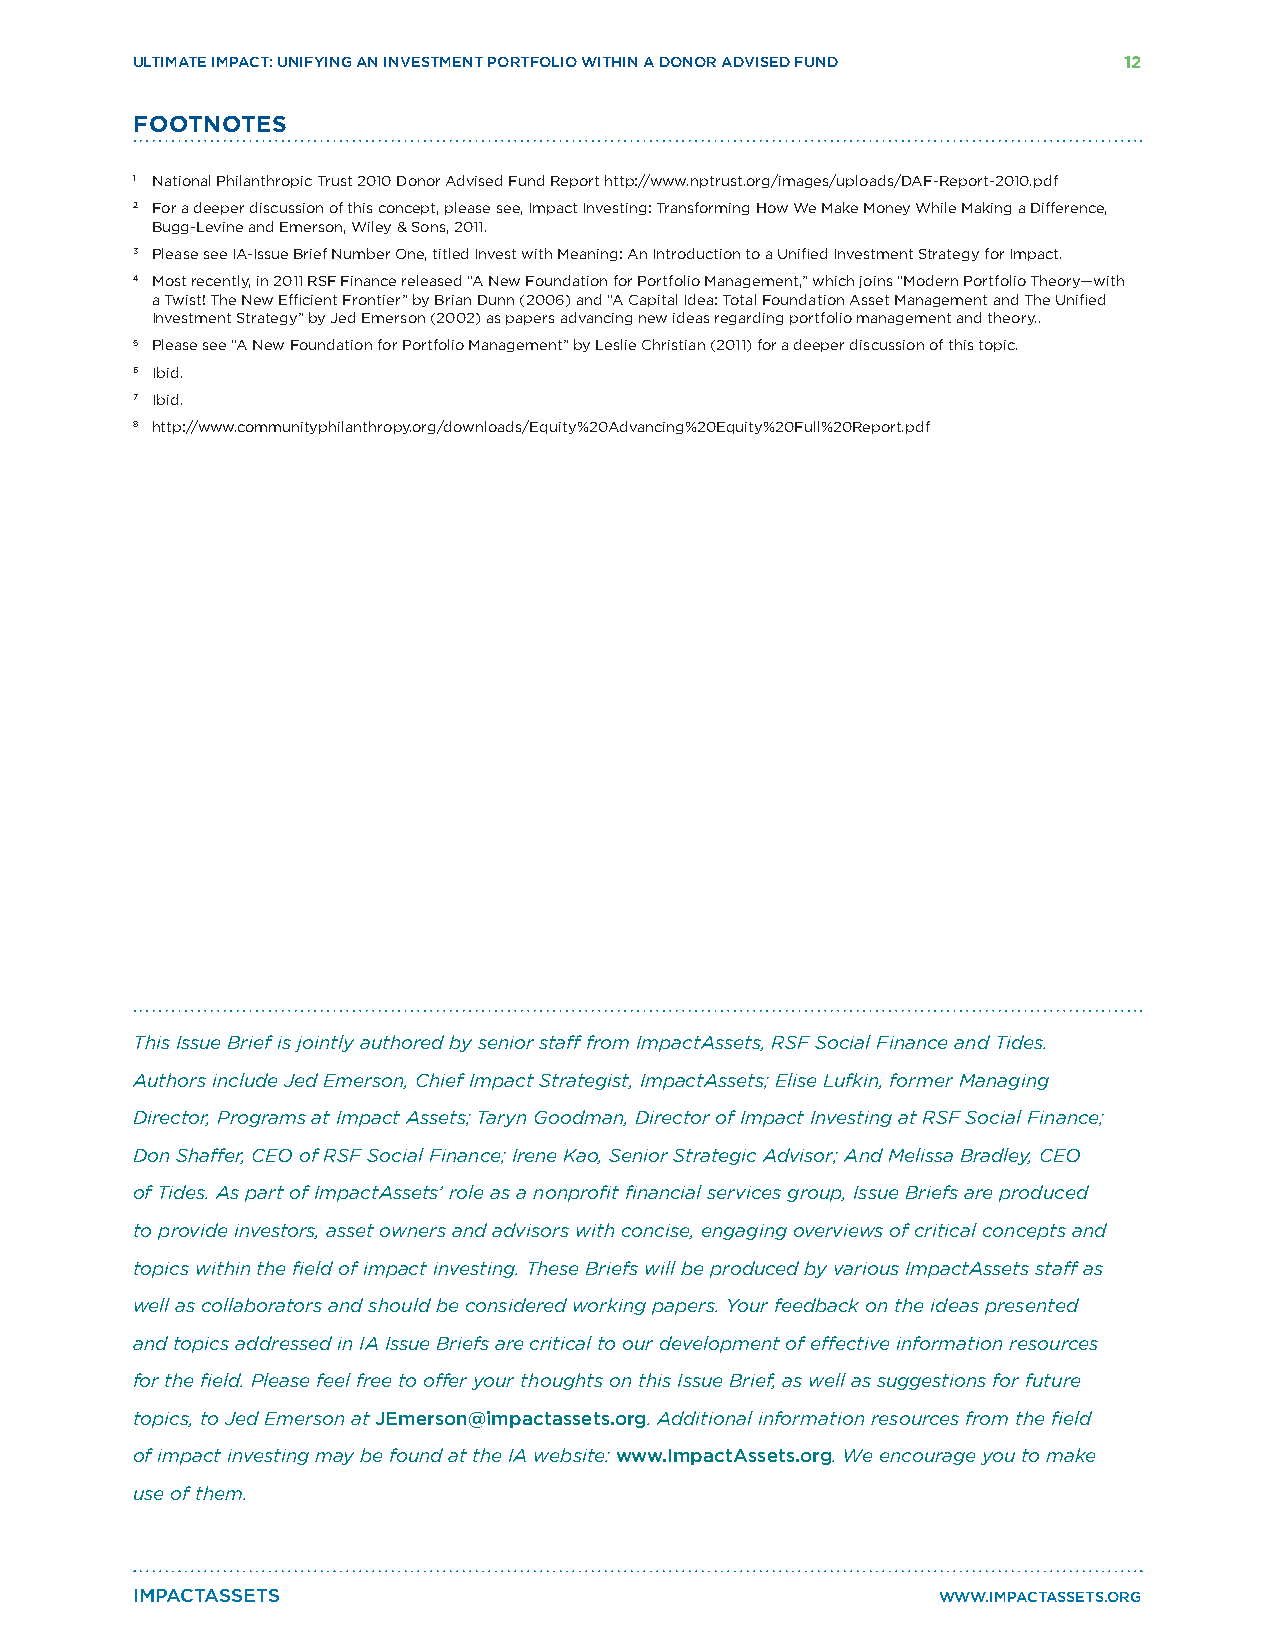
ULTIMATE IMPACT: UNIFYING AN INVESTMENT PORTFOLIO WITHIN A DONOR ADVISED FUND 12
 FOOTNOTES
 1 National Philanthropic Trust 2010 Donor Advised Fund Report http://www.nptrust.org/images/uploads/DAF-Report-2010.pdf
 2 For a deeper discussion of this concept, please see, Impact Investing: Transforming How We Make Money While Making a Difference,
 Bugg-Levine and Emerson, Wiley & Sons, 2011.
 3 Please see IA-Issue Brief Number One, titled Invest with Meaning: An Introduction to a Unified Investment Strategy for Impact.
 4 Most recently, in 2011 RSF Finance released “A New Foundation for Portfolio Management,” which joins “Modern Portfolio Theory—with
 a Twist! The New Efficient Frontier” by Brian Dunn (2006) and “A Capital Idea: Total Foundation Asset Management and The Unified
 Investment Strategy” by Jed Emerson (2002) as papers advancing new ideas regarding portfolio management and theory..
 5 Please see “A New Foundation for Portfolio Management” by Leslie Christian (2011) for a deeper discussion of this topic.
 6 Ibid.
 7 Ibid.
 8 http://www.communityphilanthropy.org/downloads/Equity%20Advancing%20Equity%20Full%20Report.pdf
 This Issue Brief is jointly authored by senior staff from ImpactAssets, RSF Social Finance and Tides.
 Authors include Jed Emerson, Chief Impact Strategist, ImpactAssets; Elise Lufkin, former Managing
 Director, Programs at Impact Assets; Taryn Goodman, Director of Impact Investing at RSF Social Finance;
 Don Shaffer, CEO of RSF Social Finance; Irene Kao, Senior Strategic Advisor; And Melissa Bradley, CEO
 of Tides. As part of ImpactAssets’ role as a nonprofit financial services group, Issue Briefs are produced
 to provide investors, asset owners and advisors with concise, engaging overviews of critical concepts and
 topics within the field of impact investing. These Briefs will be produced by various ImpactAssets staff as
 well as collaborators and should be considered working papers. Your feedback on the ideas presented
 and topics addressed in IA Issue Briefs are critical to our development of effective information resources
 for the field. Please feel free to offer your thoughts on this Issue Brief, as well as suggestions for future
 topics, to Jed Emerson at JEmerson@impactassets.org. Additional information resources from the field
 of impact investing may be found at the IA website: www.ImpactAssets.org. We encourage you to make
 use of them.
 IMPACTASSETS                                         WWW.IMPACTASSETS.ORG